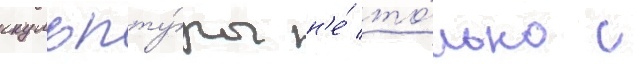
скульпту́ры н'е́ то́лько с